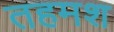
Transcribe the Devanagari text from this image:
तहमश